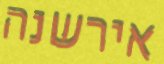
אירשנה